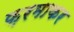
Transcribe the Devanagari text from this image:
फ़रमाकर